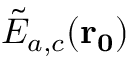
\tilde { E } _ { a , c } ( \mathbf { r _ { 0 } } )